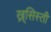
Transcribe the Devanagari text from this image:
ख्र्सिस्ती